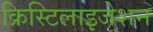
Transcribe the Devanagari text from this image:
क्रिस्टिलाइजेशन